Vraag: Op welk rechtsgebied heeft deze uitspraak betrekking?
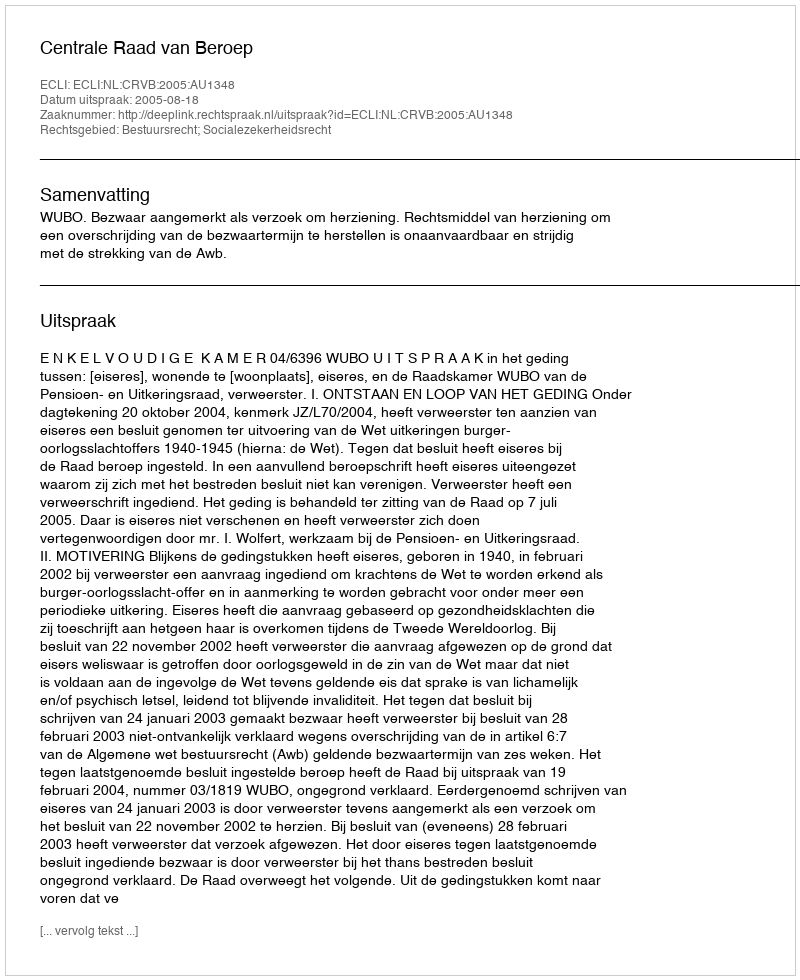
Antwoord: Bestuursrecht; Socialezekerheidsrecht